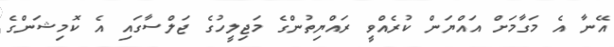
އޭނާ އެ މަގާމަށް އައްޔަން ކުރެއްވީ ރައްޔިތުންގެ މަޖިލީހުގެ ޖަލްސާގައި އެ ކޮމިޝަންގެ